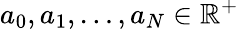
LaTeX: a_{0},a_{1},\dots,a_{N}\in\mathbb{R}^{+}